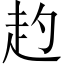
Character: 𧺕